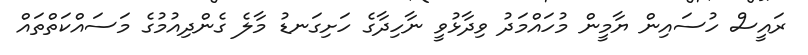
ރައީސް ހުސައިން ޔާމީން މުހައްމަދު ވިދާޅުވީ ނާހިދާގެ ހަށިގަނޑު މާލެ ގެންދިއުމުގެ މަސައްކަތްތައް